Annual report of the Punjab Veterinary College and of the Civil Veterinary Department, Punjab - 1909-1919
Year: 1909
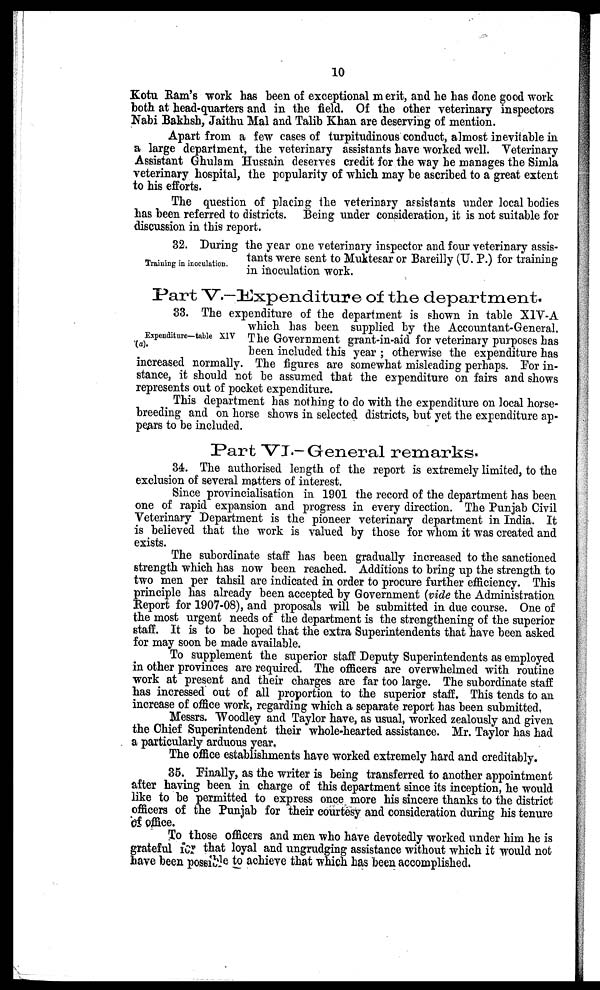
10
Kotu Ram's work has been of exceptional merit, and he has done good work
both at head-quarters and in the field. Of the other veterinary inspectors
Nabi Bakhsh, Jaithu Mal and Talib Khan are deserving of mention.
Apart from a few cases of turpitudinous conduct, almost inevitable in
a large department, the veterinary assistants have worked well. Veterinary
Assistant Ghulam Hussain deserves credit for the way he manages the Simla
veterinary hospital, the popularity of which may be ascribed to a great extent
to his efforts.
The question of placing the veterinary assistants under local bodies
has been referred to districts. Being under consideration, it is not suitable for
discussion in this report.
Training in inoculation.
32. During the year one veterinary inspector and four veterinary assis-
tants were sent to Muktesar or Bareilly (U. P.) for training
in inoculation work.
Part V.-Expenditure of the department.
Expenditure—table XIV
33. The expenditure of the department is shown in table XIV-A
which has been supplied by the Accountant-General.
The Government grant-in-aid for veterinary purposes has
been included this year; otherwise the expenditure has
increased normally. The figures are somewhat misleading perhaps. For in-
stance, it should not be assumed that the expenditure on fairs and shows
represents out of pocket expenditure.
This department has nothing to do with the expenditure on local horse-
breeding and on horse shows in selected districts, but yet the expenditure ap-
pears to be included.
Part VI.—General remarks.
34. The authorised length of the report is extremely limited, to the
exclusion of several matters of interest.
Since provincialisation in 1901 the record of the department has been
one of rapid expansion and progress in every direction. The Punjab Civil
Veterinary Department is the pioneer veterinary department in India. It
is believed that the work is valued by those for whom it was created and
exists.
The subordinate staff has been gradually increased to the sanctioned
strength which has now been reached. Additions to bring up the strength to
two men per tahsil are indicated in order to procure further efficiency. This
principle has already been accepted by Government (vide the Administration
Report for 1907-08), and proposals will be submitted in due course. One of
the most urgent needs of the department is the strengthening of the superior
staff. It is to be hoped that the extra Superintendents that have been asked
for may soon be made available.
To supplement the superior staff Deputy Superintendents as employed
in other provinces are required. The officers are overwhelmed with routine
work at present and their charges are far too large. The subordinate staff
has incressed out of all proportion to the superior staff. This tends to an
increase of office work, regarding which a separate report has been submitted,
Messrs. Woodley and Taylor have, as usual, worked zealously and given
the Chief Superintendent their whole-hearted assistance. Mr. Taylor has had
a particularly arduous year.
The office establishments have worked extremely hard and creditably.
35. Finally, as the writer is being transferred to another appointment
after having been in charge of this department since its inception, he would
like to be permitted to express once more his sincere thanks to the district
officers of the Punjab for their courtesy and consideration during his tenure
of office.
To those officers and men who have devotedly worked under him he is
grateful for that loyal and ungrudging assistance without which it would not
have been possible to achieve that which has been accomplished.